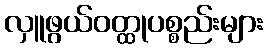
လှူဖွယ်ဝတ္ထုပစ္စည်းများ